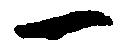
一